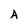
Character: A